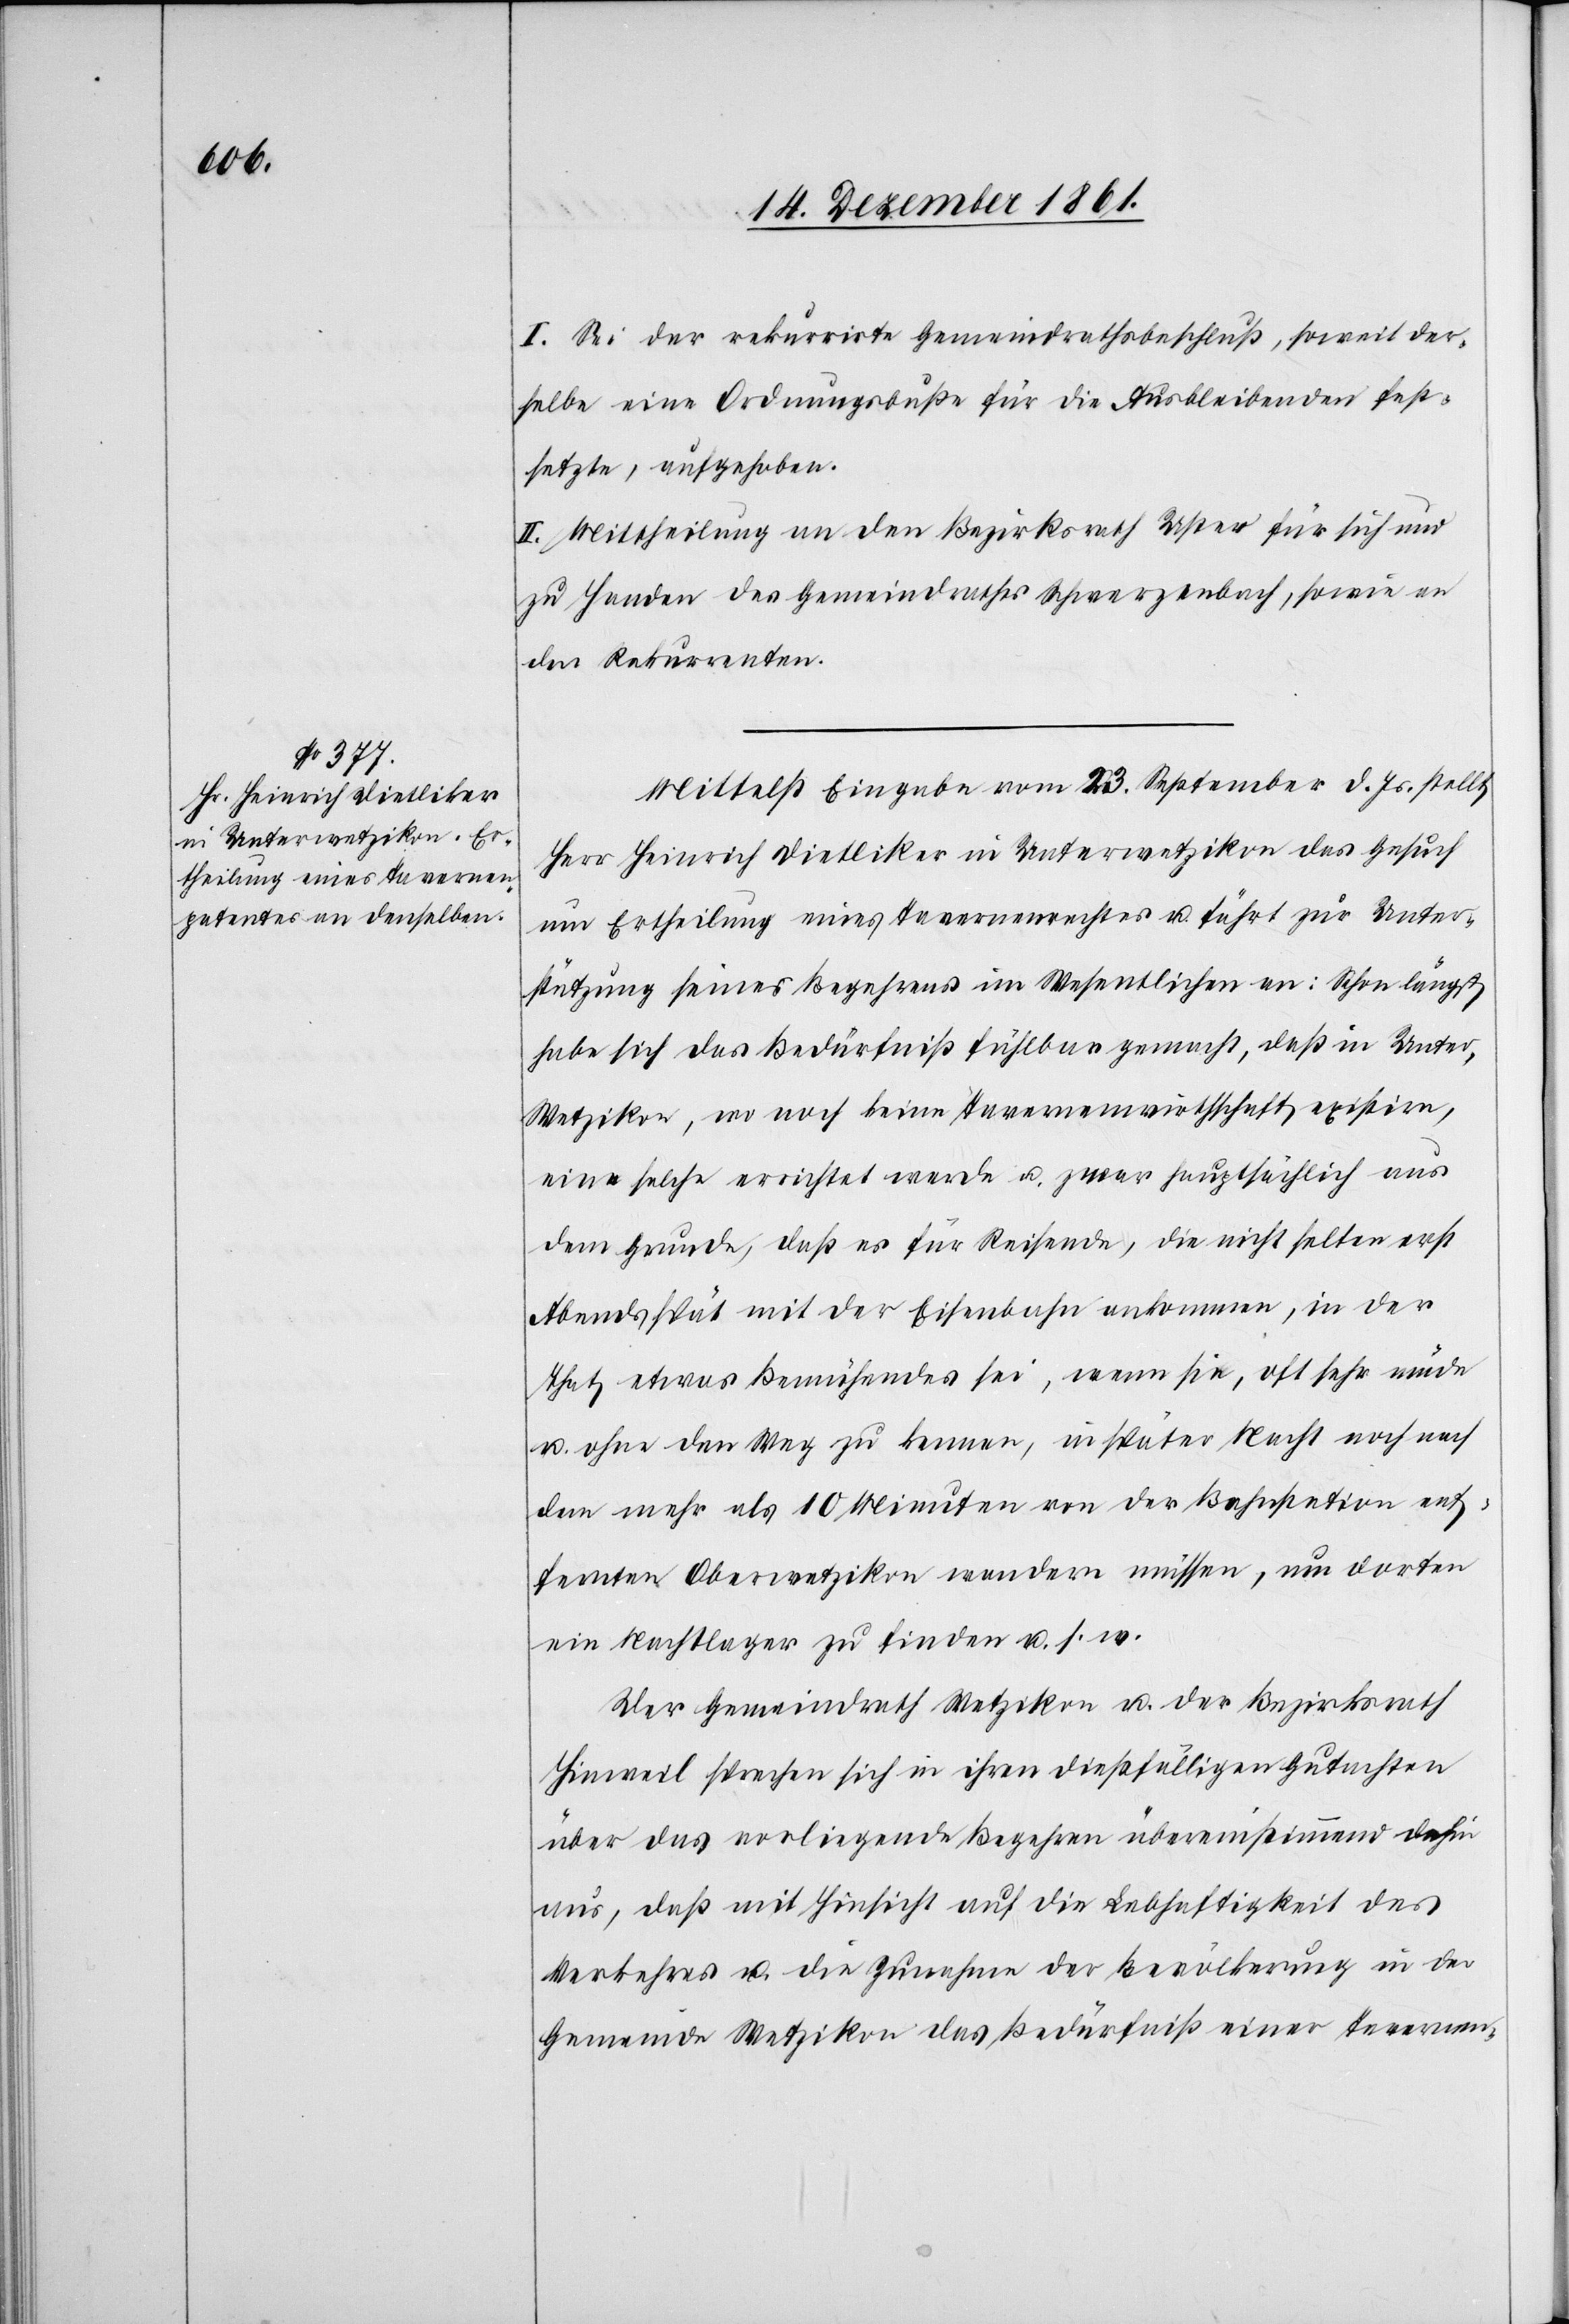
I. Sei der rekurrirte Gemeindrathsbeschluß, soweit der¬
selbe eine Ordnungsbuße für die Ausbleibenden fest¬
setzte, aufgehoben.
II. Mittheilung an den Bezirksrath Uster für sich und
zu Handen des Gemeindrathes Schwerzenbach, sowie an
den Rekurrenten.
Mittelst Eingabe vom 23 September d. Js. stellt
Herr Heinrich Dietliker in Unterwetzikon das Gesuch
um Ertheilung eines Tavernenrechtes u. führt zur Unter¬
stützung seines Begehrens im Wesentlichen an: Schon längst
habe sich das Bedürfniß fühlbar gemacht, daß in Unte¬
r-Wetzikon, wo noch keine Tavernenwirthschaft existire,
eine solche errichtet werde u. zwar hauptsächlich aus
dem Grunde, daß es für Reisende, die nicht selten erst
Abends spät mit der Eisenbahn ankommen, in der
That etwas Bemühendes sei, wenn sie, oft sehr müde
u. ohne den Weg zu kennen, in später Nacht noch nach
dem mehr als 10 Minuten von der Bahnstation ent¬
fernten Oberwetzikon wandern müssen, um dorten
ein Nachtlager zu finden u. s. w.
Der Gemeindrath Wetzikon u. der Bezirksrath
Hinweil sprechen sich in ihren dießfälligen Gutachten
über das vorliegende Begehren übereinstimmend dahin
aus, daß mit Hinsicht auf die Lebhaftigkeit des
Verkehres u. die Zunahmen der Bevölkerung in der
Gemeinde Wetzikon das Bedürfniß einer Tavernen-